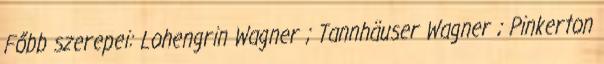
Főbb szerepei: Lohengrin Wagner ; Tannhäuser Wagner ; Pinkerton